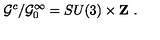
{ \cal G } ^ { c } / { \cal G } _ { 0 } ^ { \infty } = S U ( 3 ) \times { \bf Z \ } .